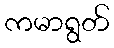
ကမာရွတ်